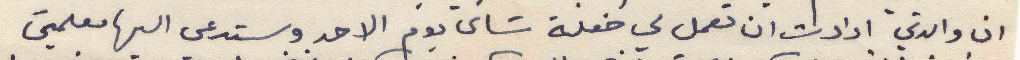
ان والدتي ارادت ان تعمل لي حفلة شاي يوم الاحد وستدعى اليها معلمين